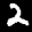
Label: 2